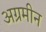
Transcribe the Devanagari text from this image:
अग्रमीन